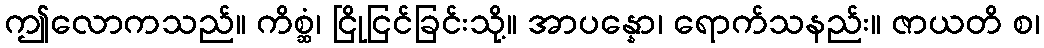
ဤလောကသည်။ ကိစ္ဆံ၊ ငြိုငြင်ခြင်းသို့။ အာပန္နော၊ ရောက်သနည်း။ ဇာယတိ စ၊